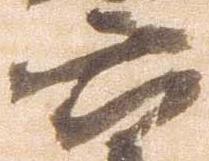
六